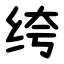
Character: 绔